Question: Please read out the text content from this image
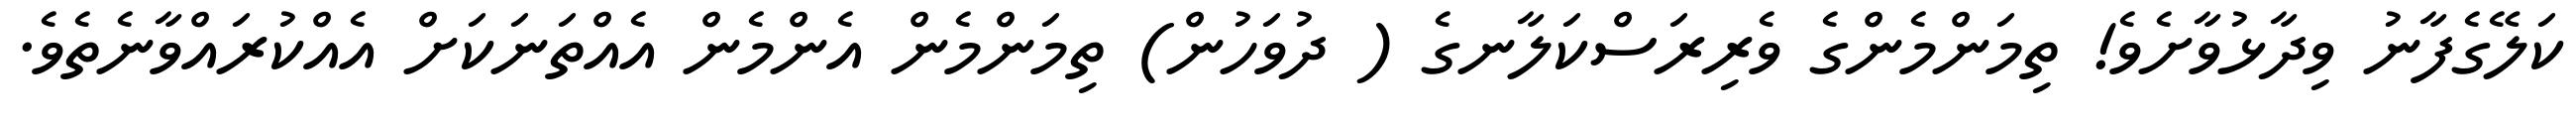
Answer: ކަލޭގެފާނު ވިދާޅުވާށެވެ! ތިމަންމެންގެ ވެރިރަސްކަލާނގެ ( ދުވަހުން) ތިމަންމެން އެންމެން އެއްތަނަކަށް އެއްކުރައްވާނެތެވެ.